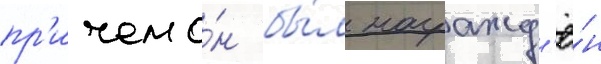
пр'ичем о́н бы́л награжд'ё́н